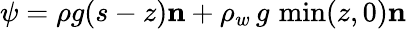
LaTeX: \psi=\rho g(s-z)\mathbf{n}+\rho_{w}\, g\, \operatorname*{min}(z,0)\mathbf{n}